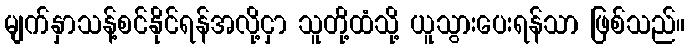
မျက်နှာသန့်စင်နိုင်ရန်အလို့ငှာ သူတို့ထံသို့ ယူသွားပေးရန်သာ ဖြစ်သည်။